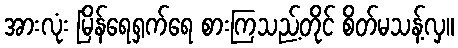
အားလုံး မြိန်ရေရှက်ရေ စားကြသည့်တိုင် စိတ်မသန့်လှ။